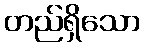
တည်ရှိသော